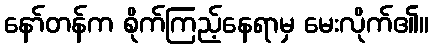
နော်တန်က စိုက်ကြည့်နေရာမှ မေးလိုက်၏။